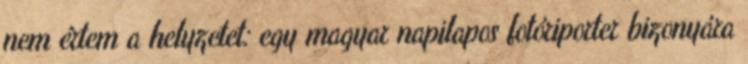
nem értem a helyzetet: egy magyar napilapos fotóriporter bizonyára